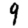
Digit: 9